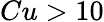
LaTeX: Cu>10